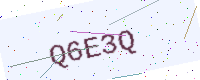
Text: Q6E3Q